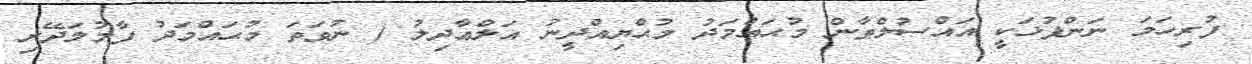
ފުރިހަމަ ނަންފުޅަކީ އައްސުލްޠާން މުޙައްމަދު މުޙްޔިއްދީނު އަލްޢާދިލު ( ނުވަތަ މުޙައްމަދު ފާމުލަދޭރި